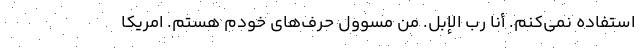
استفاده نمي‌كنم. أنا رب الإبل. من مسوول حرف‌هاي خودم هستم. امريكا